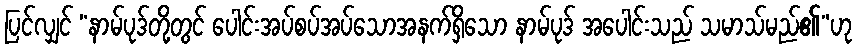
ပြင်လျှင် “နာမ်ပုဒ်တို့တွင် ပေါင်းအပ်စပ်အပ်သောအနက်ရှိသော နာမ်ပုဒ် အပေါင်းသည် သမာသ်မည်၏”ဟု